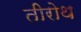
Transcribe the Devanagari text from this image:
तीरोथ